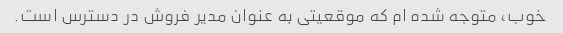
خوب، متوجه شده ام که موقعیتی به عنوان مدیر فروش در دسترس است.